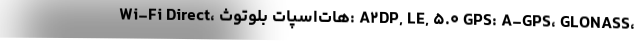
Wi-Fi Direct، هات‌اسپات بلوتوث: A۲DP, LE, ۵.۰ GPS: A-GPS، GLONASS،